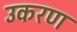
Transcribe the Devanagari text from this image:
उकरण